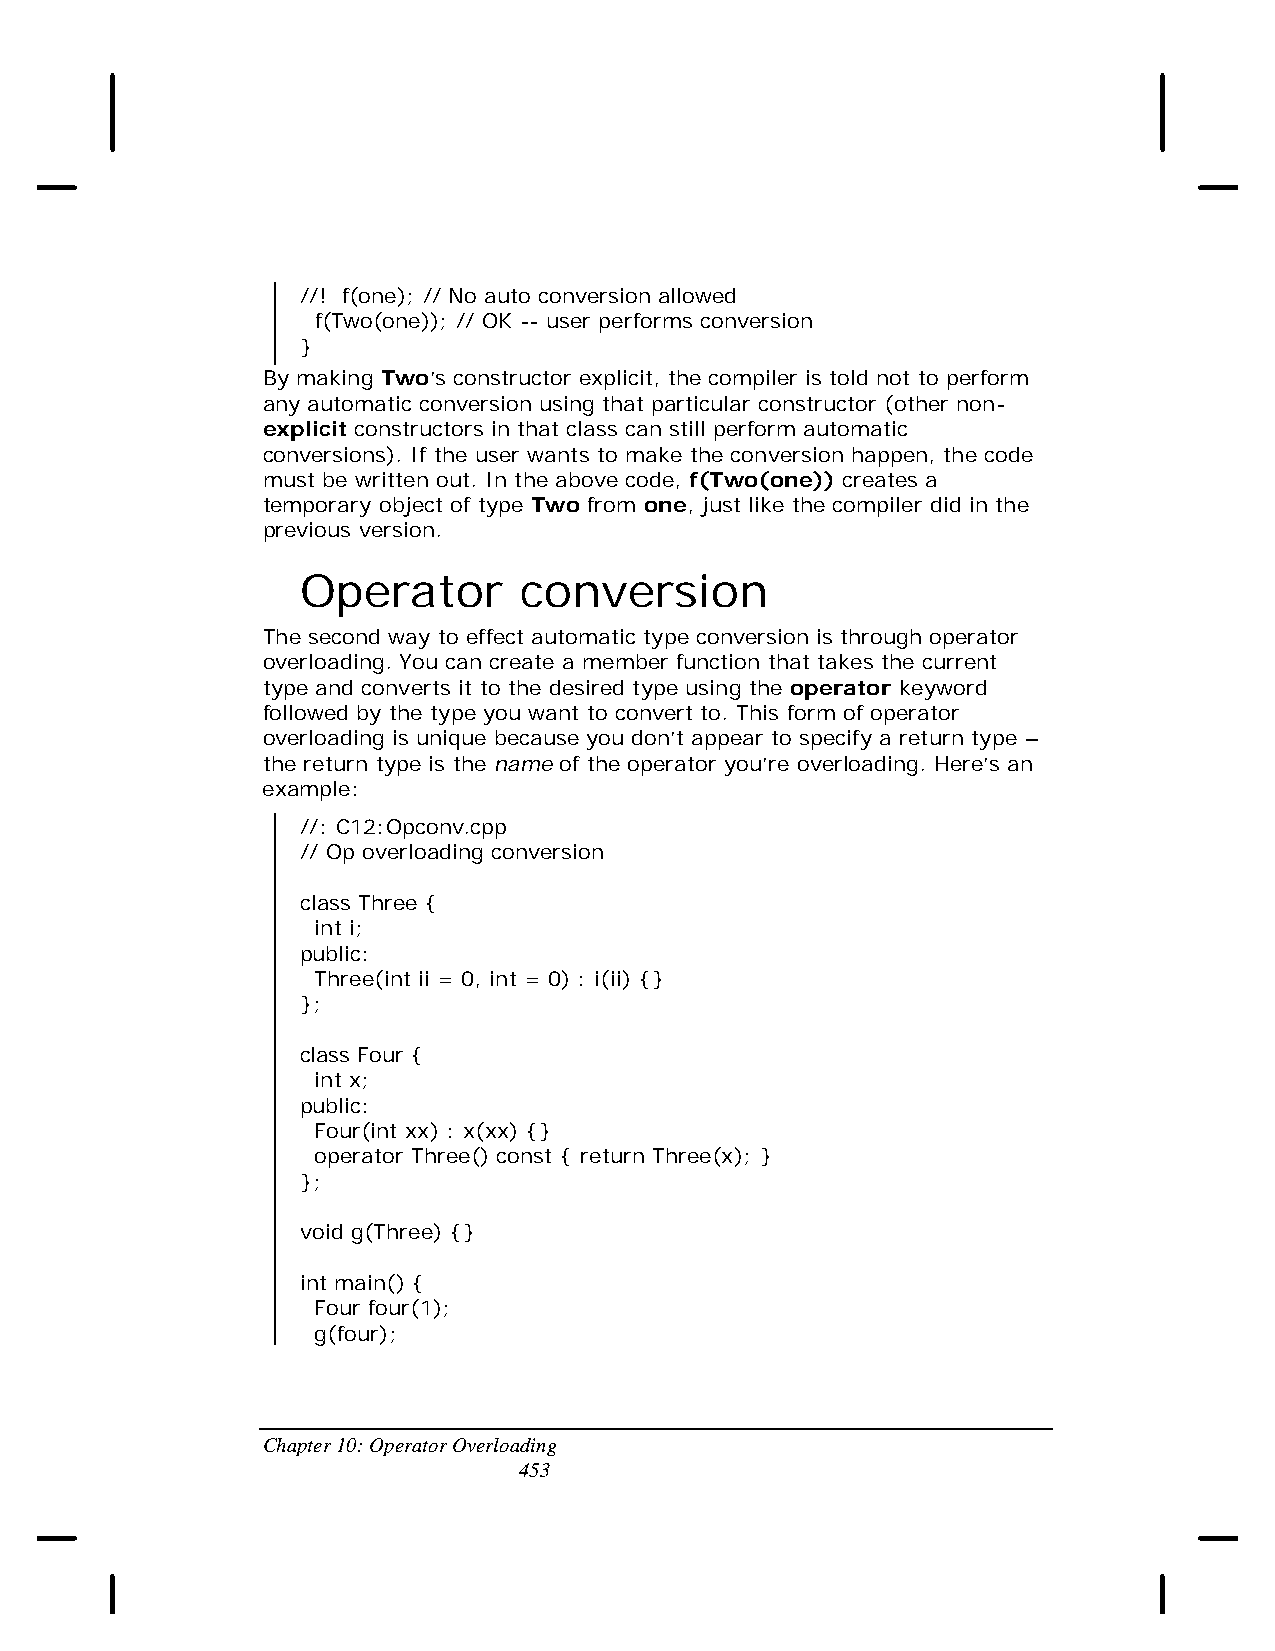
//! f(one); // No auto conversion allowed
 f(Two(one)); // OK -- user performs conversion
 }
 By making Two’s constructor explicit, the compiler is told not to perform
 any automatic conversion using that particular constructor (other non-
 explicit constructors in that class can still perform automatic
 conversions). If the user wants to make the conversion happen, the code
 must be written out. In the above code, f(Two(one)) creates a
 temporary object of type Two from one, just like the compiler did in the
 previous version.
 Operator      conversion
 The second way to effect automatic type conversion is through operator
 overloading. You can create a member function that takes the current
 type and converts it to the desired type using the operator keyword
 followed by the type you want to convert to. This form of operator
 overloading is unique because you don’t appear to specify a return type –
 the return type is the name of the operator you’re overloading. Here’s an
 example:
 //: C12:Opconv.cpp
 // Op overloading conversion
 class Three {
 int i;
 public:
 Three(int ii = 0, int = 0) : i(ii) {}
 };
 class Four {
 int x;
 public:
 Four(int xx) : x(xx) {}
 operator Three() const { return Three(x); }
 };
 void g(Three) {}
 int main() {
 Four four(1);
 g(four);
 Chapter 10: Operator Overloading
 453